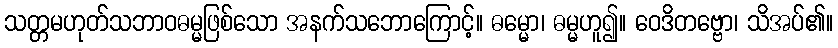
သတ္တမဟုတ်သဘာဝဓမ္မဖြစ်သော အနက်သဘောကြောင့်။ ဓမ္မော၊ ဓမ္မဟူ၍။ ဝေဒိတဗ္ဗော၊ သိအပ်၏။